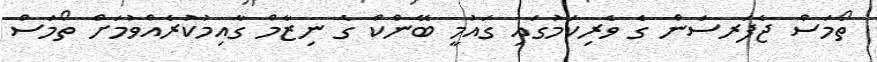
ތޯމަސް ޖެފަރސަން ގެ ވެރިކަމުގައި ގައުމީ ބޭންކް ގެ ނިޒާމް ގާއިމުކުރެއްވުމަށް ތޯމަސް